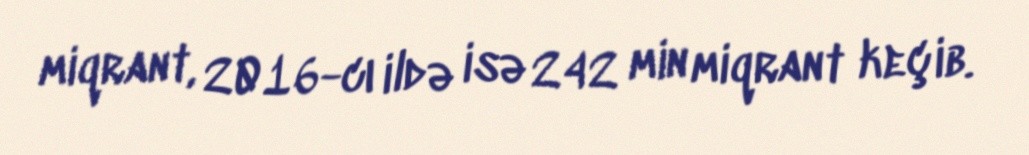
miqrant, 2016-cı ildə isə 242 min miqrant keçib.